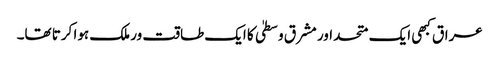
عراق کبھی ایک متحد اور مشرق وسطیٰ کا ایک طاقت ور ملک ہوا کرتا تھا۔